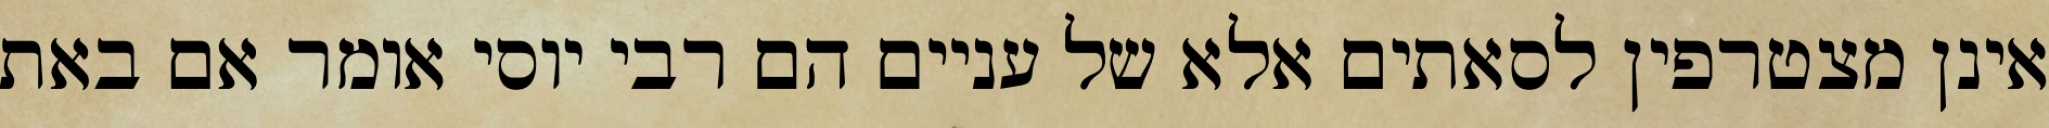
אינן מצטרפין לסאתים אלא של עניים הם רבי יוסי אומר אם באת